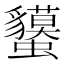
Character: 𧕤